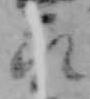
永